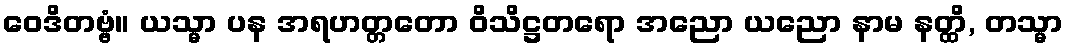
ဝေဒိတဗ္ဗံ။ ယသ္မာ ပန အရဟတ္တတော ဝိသိဋ္ဌတရော အညော ယညော နာမ နတ္ထိ, တသ္မာ